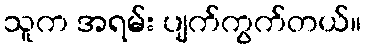
သူက အရမ်း ပျက်ကွက်တယ်။